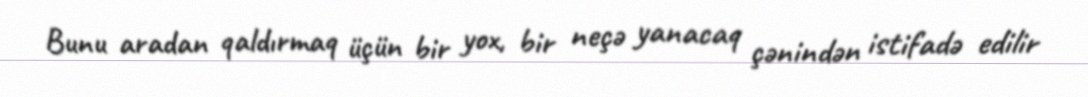
Bunu aradan qaldırmaq üçün bir yox, bir neçə yanacaq çənindən istifadə edilir